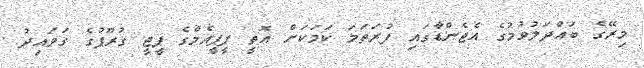
މިރޭގެ ބައްދަލުވުމުގެ އެޖެންޑާގައި ފުރަތަމަ ކަމަކަށް އޮތީ ޕީޕީއެމްގެ ޕީޖީ ގުރޫޕުގެ ގަވައިދު